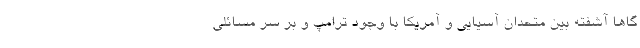
گاهاً آشفته بین متحدان آسیایی و آمریکا با وجود ترامپ و بر سر مسائلی